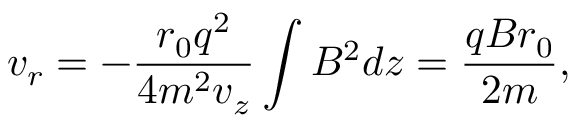
v _ { r } = - \frac { r _ { 0 } q ^ { 2 } } { 4 m ^ { 2 } v _ { z } } \int B ^ { 2 } d z = \frac { q B r _ { 0 } } { 2 m } ,